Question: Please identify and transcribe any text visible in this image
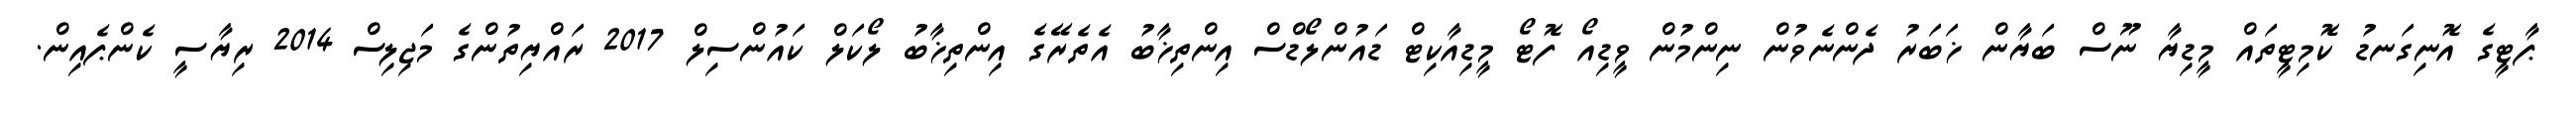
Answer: ޕާޓީގެ އޮނިގަނޑު ކޮމިޓީތައް މީޑިޔާ ނޫސް ބަޔާން ޚަބަރު ދެންނެވުން ނިންމުން ވީޑިއޯ ފޮޓޯ މީޑިއާކިޓް ޑައުންލޯޑްސް އިންތިޚާބު އެތެރޭގެ އިންތިޚާބު ލޯކަލް ކައުންސިލް 2017 ރައްޔިތުންގެ މަޖިލިސް 2014 ރިޔާސީ ކެންޕެއިން.